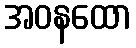
အဝနထော